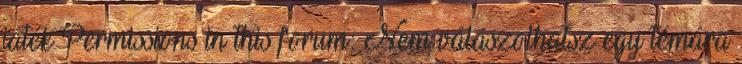
játék Permissions in this forum: Nem válaszolhatsz egy témára